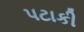
પટાકી